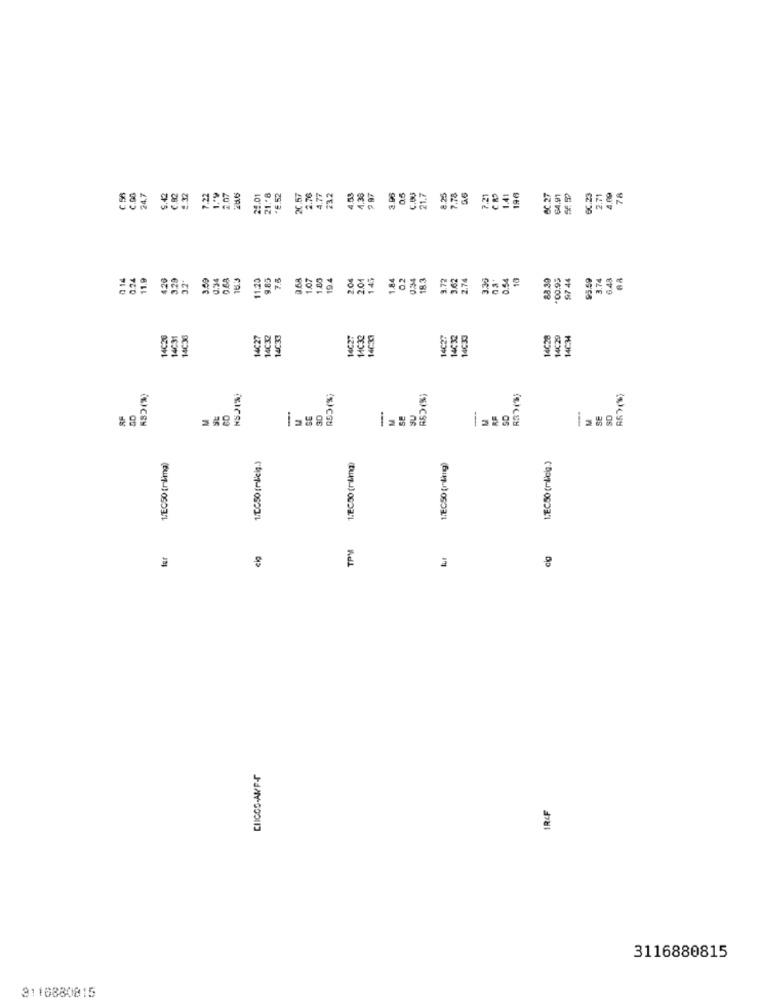
24.7
€,82
C.00
2.32
7.22
1.ª9
2.07
21 .* 8
20.57
2.76
4.77
23.2
4.53
4.38
9 97
0.5
C.BU
21.7
7.78
1.41
196
6C.27
64.91
2.71
4.09
78
0 14
0.24
11.9
4.26
3.29
3.00
0.34
0.68
11.25
9.85
7.5
9.68
1.07
1.85
2.04
2.01
149
1.84
0.2
0.34
18.3
3.72
3.62
2.74
3.29
0.54
10
88.30
97 44
95.59
3.74
6.43
194
00.95
14C26
4C31
4C36
14C27
14C32
14C27
14032
14C37
14027
14€32
14028
14C29
4C34
R83(%)
RE>(%)
-
-
SU
-
SE
30
SE
-
SD
M
SE
SD
1/EC50 (roling)
1.EC50 (milmg)
1/EC50 (miling)
LEC50 (milicia )
TPM
far
eig
CHICOS-AMPA
IR&F
3116880815
3110880815